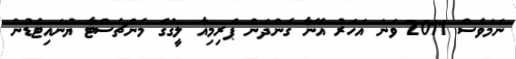
ނަމަވެސް 2011 ވަނަ އަހަރު އޭނާ ގެންދަން ޕްރިމިއާ ލީގުގެ މެންޗެސްޓާ ޔުނައިޓެޑުން